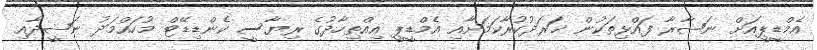
އެމްޑީޕީއަށް ނަޞާރާ ފައްޅިތަކުން ޚަރަދުކުރާކަމަށާއި އެމްޑީޕީ އިއްތިހާދުގެ ރިޔާސީ ކެންޑިޑޭޓް މުހައްމަދު ނަޝީދާއި